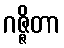
ဂဇ္ဇိတာ